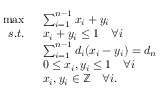
\begin{array} { r l } { \operatorname* { m a x } \; \; } & { \sum _ { i = 1 } ^ { n - 1 } x _ { i } + y _ { i } } \\ { s . t . \; \; } & { x _ { i } + y _ { i } \leq 1 \quad \forall i } \\ & { \sum _ { i = 1 } ^ { n - 1 } d _ { i } ( x _ { i } - y _ { i } ) = d _ { n } } \\ & { 0 \leq x _ { i } , y _ { i } \leq 1 \quad \forall i } \\ & { x _ { i } , y _ { i } \in \mathbb { Z } \quad \forall i . } \end{array}